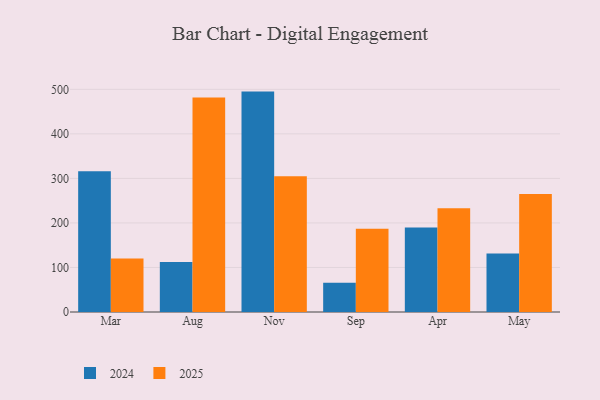
{"axis": {"x": "Month", "y": "Tickets Resolved"}, "legend": ["2024", "2025"], "data": [{"x": "Mar", "y": 316.1, "type": "2024"}, {"x": "Mar", "y": 120.2, "type": "2025"}, {"x": "Aug", "y": 112.4, "type": "2024"}, {"x": "Aug", "y": 481.6, "type": "2025"}, {"x": "Nov", "y": 494.9, "type": "2024"}, {"x": "Nov", "y": 304.7, "type": "2025"}, {"x": "Sep", "y": 65.5, "type": "2024"}, {"x": "Sep", "y": 187.0, "type": "2025"}, {"x": "Apr", "y": 190.0, "type": "2024"}, {"x": "Apr", "y": 233.1, "type": "2025"}, {"x": "May", "y": 131.6, "type": "2024"}, {"x": "May", "y": 264.8, "type": "2025"}]}